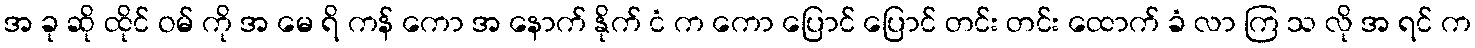
အ ခု ဆို ထိုင် ဝမ် ကို အ မေ ရိ ကန် ကော အ နောက် နိုက် ငံ က ကော ပြောင် ပြောင် တင်း တင်း ထောက် ခံ လာ ကြ သ လို အ ရင် က